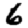
Digit: 6